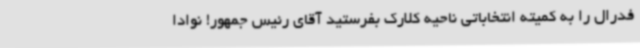
فدرال را به کمیته انتخاباتی ناحیه کلارک بفرستید آقای رئیس جمهور! نوادا